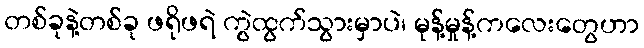
တစ်ခုနဲ့တစ်ခု ဖရိုဖရဲ ကွဲထွက်သွားမှာပဲ၊ မုန့်မှုန့်ကလေးတွေဟာ